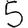
Digit: 5